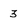
Character: 3